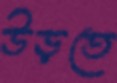
উড়তে